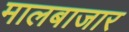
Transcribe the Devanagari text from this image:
मालबाजार